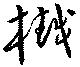
樾